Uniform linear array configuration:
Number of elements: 32
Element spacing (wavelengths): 0.75
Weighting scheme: hann
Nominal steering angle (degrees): -15
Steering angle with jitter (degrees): -13.201
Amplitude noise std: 0.05
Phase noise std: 0.05

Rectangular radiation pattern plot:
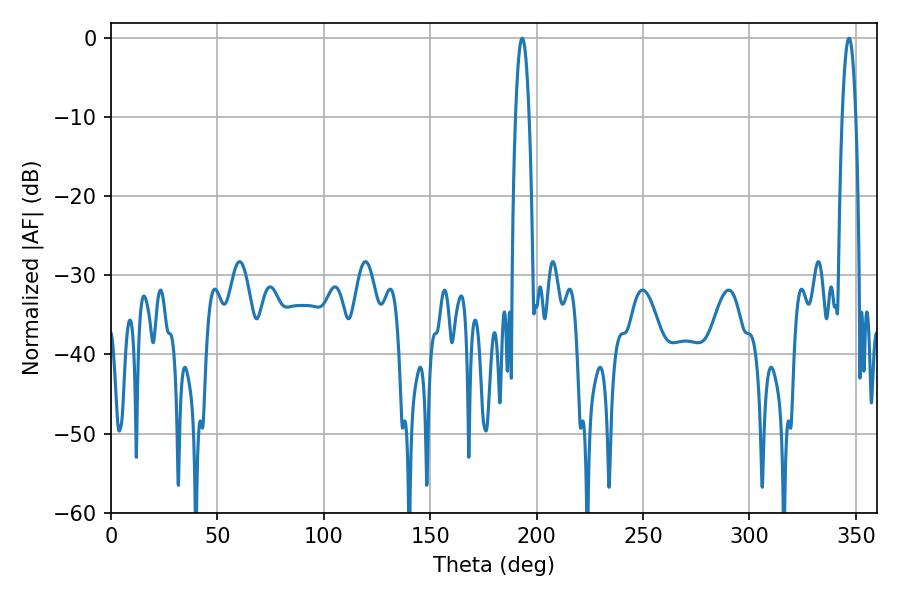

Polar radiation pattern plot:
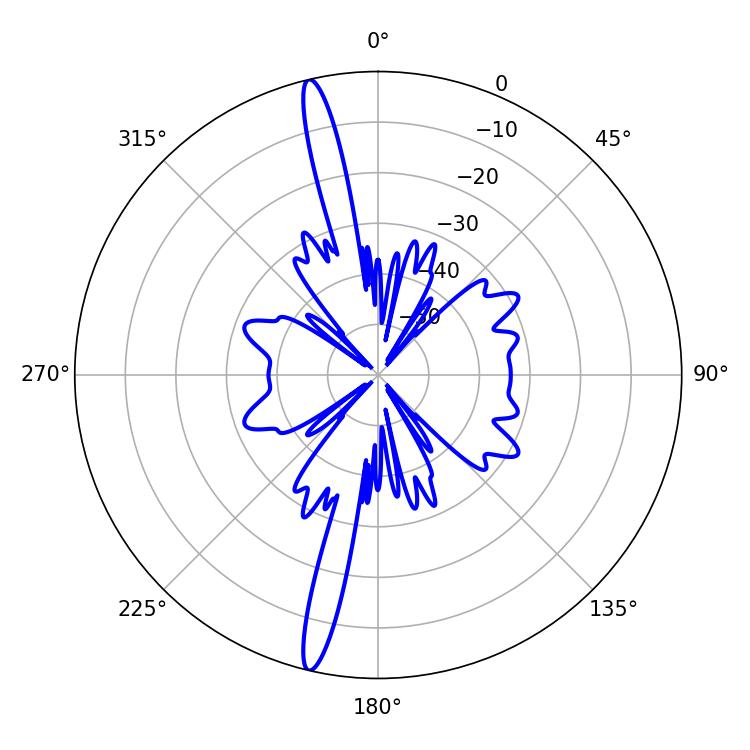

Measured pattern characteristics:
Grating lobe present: TRUE
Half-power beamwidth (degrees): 3.42
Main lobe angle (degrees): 193.14